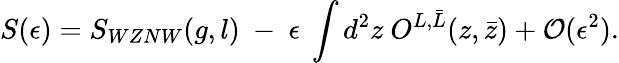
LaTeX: S(\epsilon)=S_{WZNW}(g,l)~-~\epsilon~\int d^{2}z~O^{L,\bar{L}}(z,\bar{z})+{\cal O}(\epsilon^{2}).